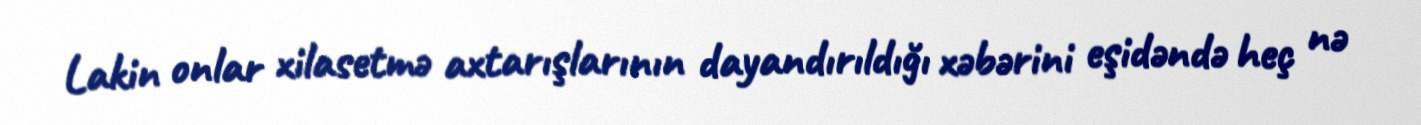
Lakin onlar xilasetmə axtarışlarının dayandırıldığı xəbərini eşidəndə heç nə